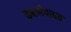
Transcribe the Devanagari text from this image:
करणेबाबत